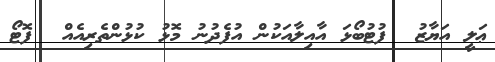
ޢަލީ އަޔާޒު  ފުޓުބޯޅަ އާއިލާއަކުން އުފެދުނު މޮޅު ކުޅުންތެރިއެއް  ފޮޓޯ